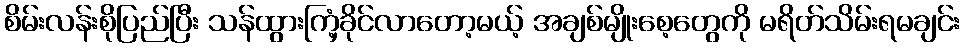
စိမ်းလန်းစိုပြည်ပြီး သန်ထွားကြံ့ခိုင်လာတော့မယ့် အချစ်မျိုးစေ့တွေကို မရိတ်သိမ်းရမချင်း